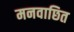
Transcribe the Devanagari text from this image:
मनवाछित